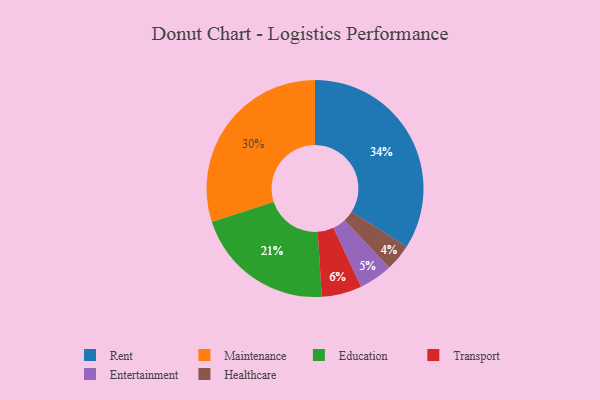
{"axis": {"x": "Category", "y": "Percentage"}, "legend": ["Education", "Entertainment", "Healthcare", "Maintenance", "Rent", "Transport"], "data": [{"x": "Transport", "y": 6, "type": "Transport"}, {"x": "Maintenance", "y": 30, "type": "Maintenance"}, {"x": "Healthcare", "y": 4, "type": "Healthcare"}, {"x": "Education", "y": 21, "type": "Education"}, {"x": "Rent", "y": 34, "type": "Rent"}, {"x": "Entertainment", "y": 5, "type": "Entertainment"}]}